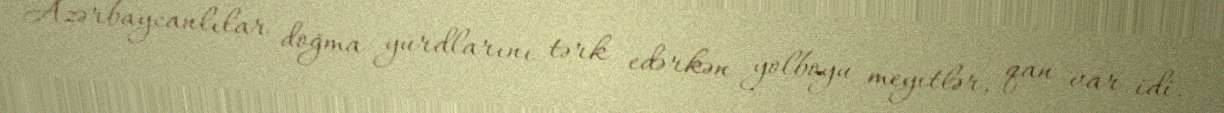
Azərbaycanlılar doğma yurdlarını tərk edərkən yolboyu meyitlər, qan var idi.